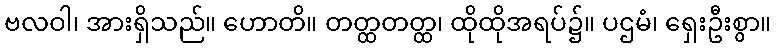
ဗလဝါ၊ အားရှိသည်။ ဟောတိ။ တတ္ထတတ္ထ၊ ထိုထိုအရပ်၌။ ပဌမံ၊ ရှေးဦးစွာ။